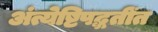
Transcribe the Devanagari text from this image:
अंत्येष्टिपद्धतींत